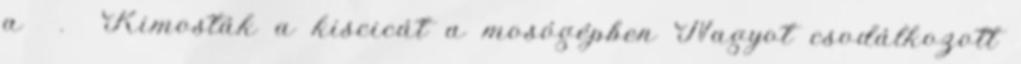
a . Kimosták a kiscicát a mosógépben Nagyot csodálkozott